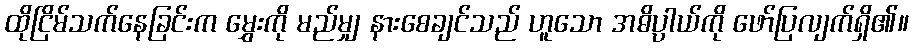
ထိုငြိမ်သက်နေခြင်းက မွှေးကို မည်မျှ နားစေချင်သည် ဟူသော အဓိပ္ပာယ်ကို ဖော်ပြလျက်ရှိ၏။